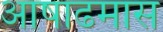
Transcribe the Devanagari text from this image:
आषाढमास